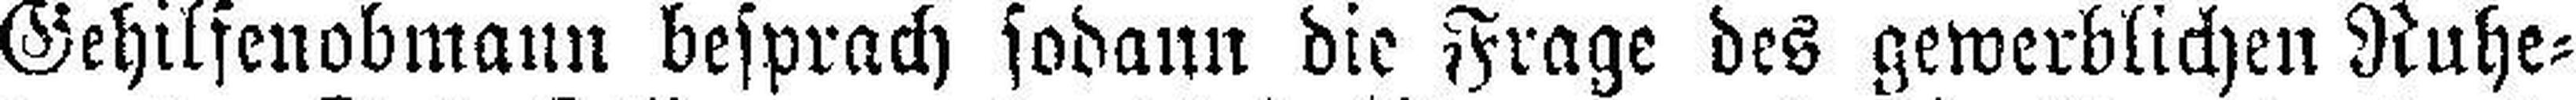
Gehilsenobmann besprach sodann die Frage des gewerblichen Ruhe¬